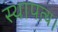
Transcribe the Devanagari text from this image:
स्थापत्य।